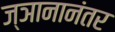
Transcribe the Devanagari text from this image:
ज्ञानानंतर